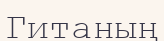
Гитаның